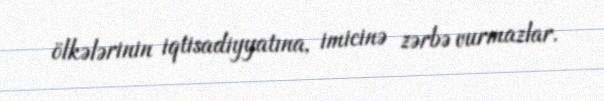
ölkələrinin iqtisadiyyatına, imicinə zərbə vurmazlar.